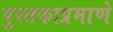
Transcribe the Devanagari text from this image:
पुस्तकाप्रमाणे